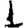
Digit: 1